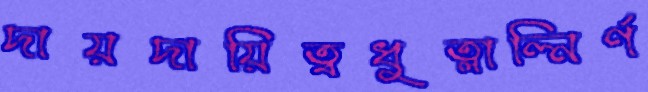
দায়দায়িত্বধুত্লাল্নির্ণ